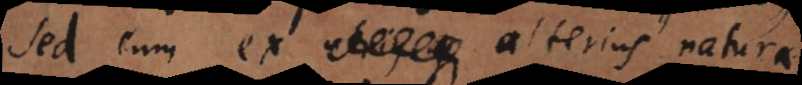
Sed cum ex alterius natura